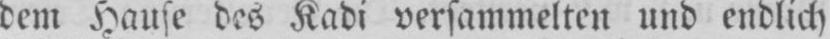
dem Hause des Kadi versammelten und endlich